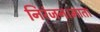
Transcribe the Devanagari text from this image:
निरंजन।माता